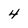
Character: 4